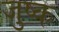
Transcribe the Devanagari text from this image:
जुष्क